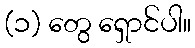
(၁) တွေ ရှောင်ပါ။